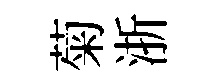
菊浙